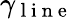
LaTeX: \gamma_{\mathrm{~l~i~n~e~}}